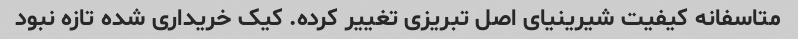
متاسفانه کیفیت شیرینیای اصل تبریزی تغییر کرده. کیک خریداری شده تازه نبود